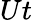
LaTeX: Ut